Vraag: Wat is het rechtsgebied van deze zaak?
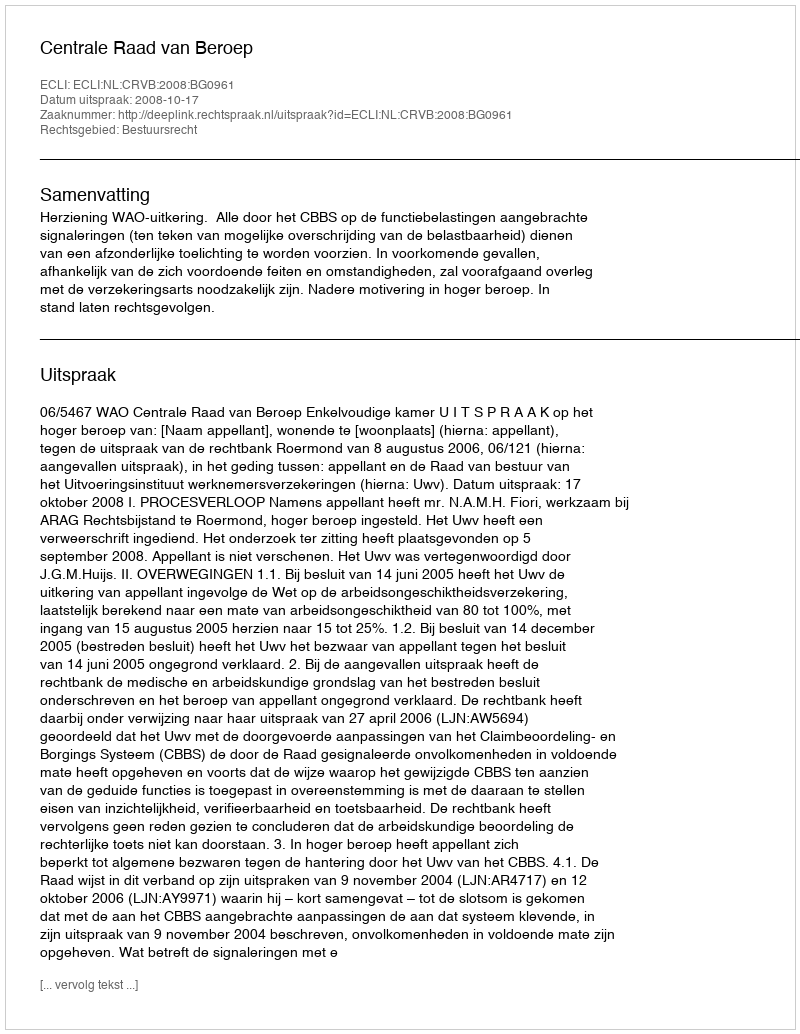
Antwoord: Bestuursrecht